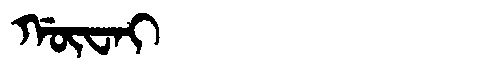
Manchu: ᡤᡡᠸᠠᡳ
Romanization: GŪWAI